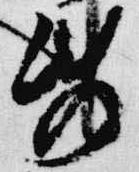
紙